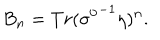
B _ { n } = T r ( { \sigma ^ { 0 } } ^ { - 1 } \eta ) ^ { n } .